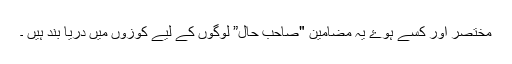
مختصر اور کسے ہوۓ یہ مضامین "صاحب حال” لوگوں کے لیے کوزوں میں دریا بند ہیں ۔